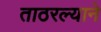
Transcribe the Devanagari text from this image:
ताठरल्याने